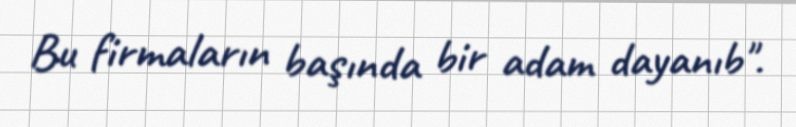
Bu firmaların başında bir adam dayanıb".